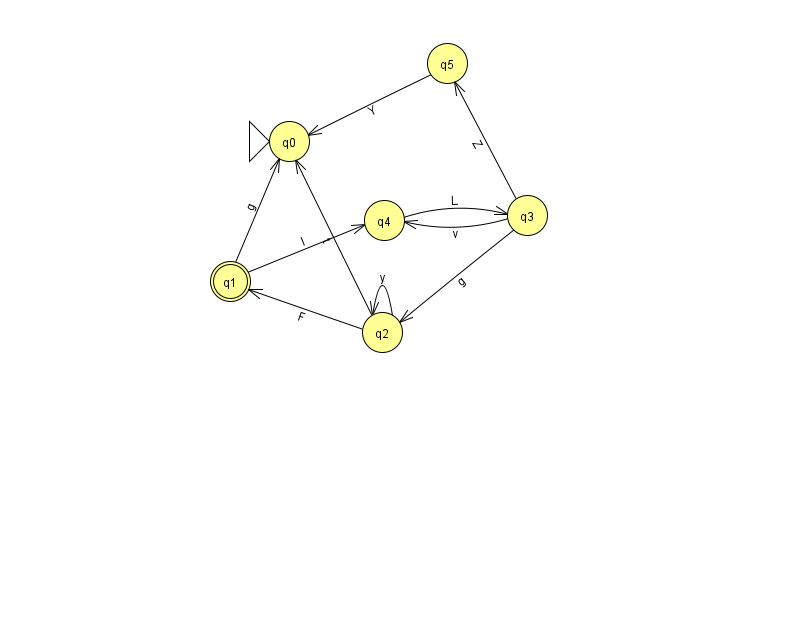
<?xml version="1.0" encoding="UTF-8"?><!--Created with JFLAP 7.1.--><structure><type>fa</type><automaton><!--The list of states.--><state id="0" name="q0"><x>289.0</x><y>128.0</y><initial/></state><state id="1" name="q1"><x>230.0</x><y>268.0</y><final/></state><state id="2" name="q2"><x>382.0</x><y>319.0</y></state><state id="3" name="q3"><x>527.0</x><y>202.0</y></state><state id="4" name="q4"><x>384.0</x><y>207.0</y></state><state id="5" name="q5"><x>447.0</x><y>50.0</y></state><!--The list of transitions.--><transition><from>3</from><to>2</to><read>g</read></transition><transition><from>1</from><to>0</to><read>g</read></transition><transition><from>3</from><to>5</to><read>Z</read></transition><transition><from>4</from><to>3</to><read>L</read></transition><transition><from>2</from><to>2</to><read>y</read></transition><transition><from>2</from><to>0</to><read>t</read></transition><transition><from>3</from><to>4</to><read>v</read></transition><transition><from>2</from><to>1</to><read>F</read></transition><transition><from>1</from><to>4</to><read>I</read></transition><transition><from>5</from><to>0</to><read>Y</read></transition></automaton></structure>